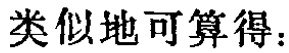
类似地可算得：